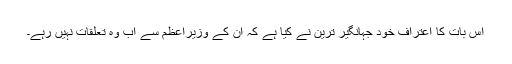
اس بات کا اعتراف خود جہانگیر ترین نے کیا ہے کہ ان کے وزیراعظم سے اب وہ تعلقات نہیں رہے۔